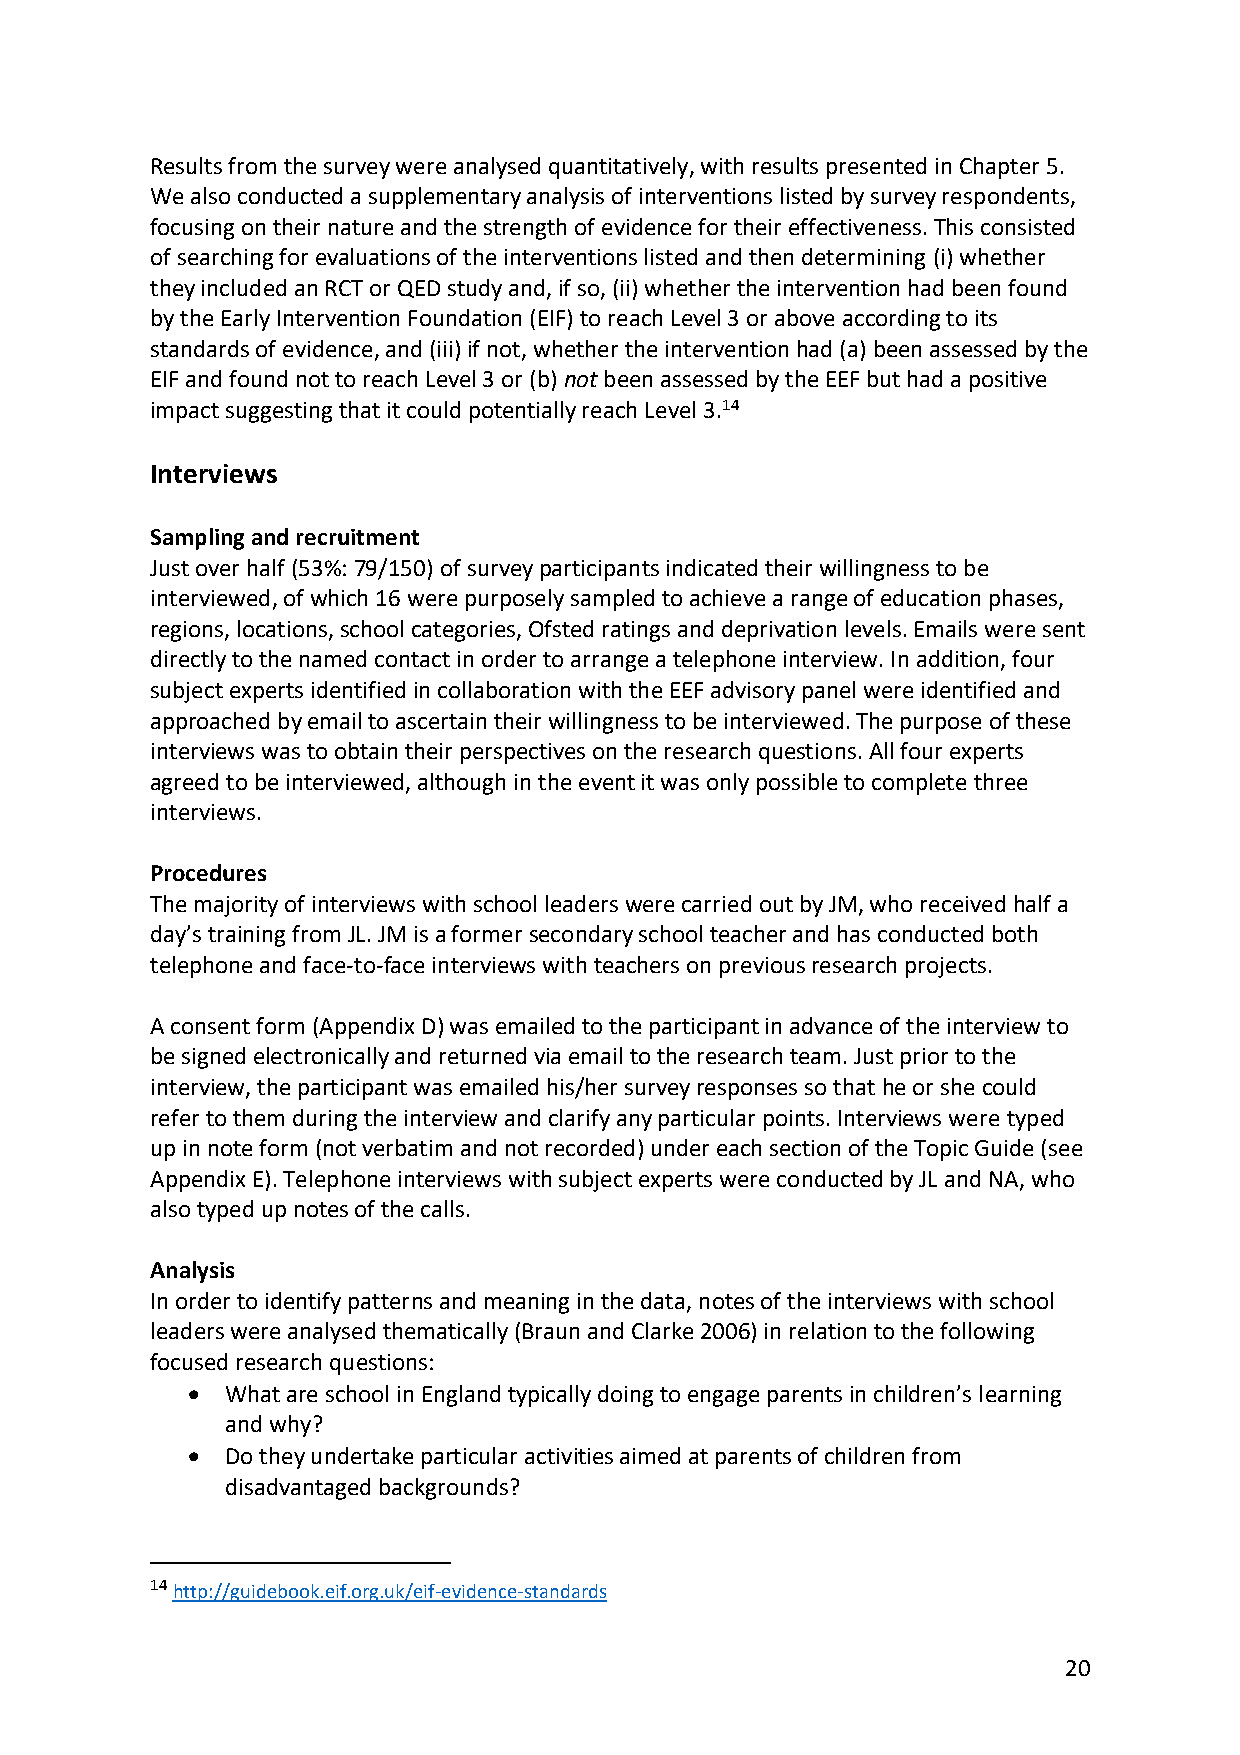
Results from the survey were analysed quantitatively, with results presented in Chapter 5.
 We also conducted a supplementary analysis of interventions listed by survey respondents,
 focusing on their nature and the strength of evidence for their effectiveness. This consisted
 of searching for evaluations of the interventions listed and then determining (i) whether
 they included an RCT or QED study and, if so, (ii) whether the intervention had been found
 by the Early Intervention Foundation (EIF) to reach Level 3 or above according to its
 standards of evidence, and (iii) if not, whether the intervention had (a) been assessed by the
 EIF and found not to reach Level 3 or (b) not been assessed by the EEF but had a positive
 impact suggesting that it could potentially reach Level 3.14
 Interviews
 Sampling and recruitment
 Just over half (53%: 79/150) of survey participants indicated their willingness to be
 interviewed, of which 16 were purposely sampled to achieve a range of education phases,
 regions, locations, school categories, Ofsted ratings and deprivation levels. Emails were sent
 directly to the named contact in order to arrange a telephone interview. In addition, four
 subject experts identified in collaboration with the EEF advisory panel were identified and
 approached by email to ascertain their willingness to be interviewed. The purpose of these
 interviews was to obtain their perspectives on the research questions. All four experts
 agreed to be interviewed, although in the event it was only possible to complete three
 interviews.
 Procedures
 The majority of interviews with school leaders were carried out by JM, who received half a
 day’s training from JL. JM is a former secondary school teacher and has conducted both
 telephone and face-to-face interviews with teachers on previous research projects.
 A consent form (Appendix D) was emailed to the participant in advance of the interview to
 be signed electronically and returned via email to the research team. Just prior to the
 interview, the participant was emailed his/her survey responses so that he or she could
 refer to them during the interview and clarify any particular points. Interviews were typed
 up in note form (not verbatim and not recorded) under each section of the Topic Guide (see
 Appendix E). Telephone interviews with subject experts were conducted by JL and NA, who
 also typed up notes of the calls.
 Analysis
 In order to identify patterns and meaning in the data, notes of the interviews with school
 leaders were analysed thematically (Braun and Clarke 2006) in relation to the following
 focused research questions:
 •  What are school in England typically doing to engage parents in children’s learning
 and why?
 •  Do they undertake particular activities aimed at parents of children from
 disadvantaged backgrounds?
 14 http://guidebook.eif.org.uk/eif-evidence-standards
 20